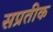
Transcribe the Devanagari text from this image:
सप्रतीक